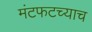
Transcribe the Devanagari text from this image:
मंटफटच्याच